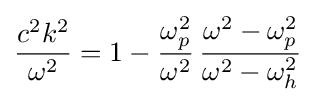
{\frac {c^{2}k^{2}}{\omega ^{2}}}=1-{\frac {\omega _{p}^{2}}{\omega ^{2}}}\,{\frac {\omega ^{2}-\omega _{p}^{2}}{\omega ^{2}-\omega _{h}^{2}}}